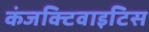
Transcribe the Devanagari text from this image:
कंजक्टिवाइटिस